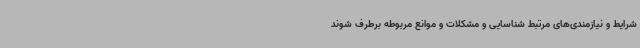
شرایط و نیازمندی‌های مرتبط شناسایی و مشکلات و موانع مربوطه برطرف شوند